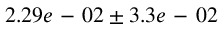
2 . 2 9 e \mathrm { ~ - ~ } 0 2 \pm 3 . 3 e \mathrm { ~ - ~ } 0 2